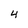
Character: 4